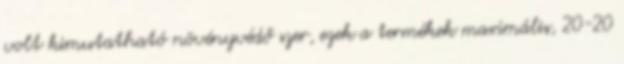
volt kimutatható növényvédő szer, ezek a termékek maximális, 20-20